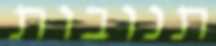
תנובות